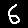
Digit: 6